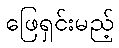
ဖြေရှင်းမည့်